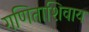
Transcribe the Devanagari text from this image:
गणिताशिवाय